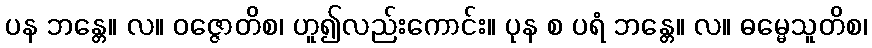
ပန ဘန္တေ။ လ။ ဝဇ္ဇောတိစ၊ ဟူ၍လည်းကောင်း။ ပုန စ ပရံ ဘန္တေ။ လ။ ဓမ္မေသူတိစ၊